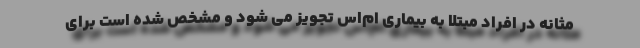
مثانه در افراد مبتلا به بیماری ام‌اس تجویز می شود و مشخص شده است برای